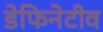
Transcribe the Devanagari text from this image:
डेफिनेटीव